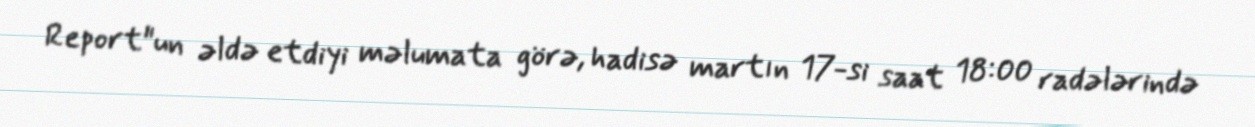
Report"un əldə etdiyi məlumata görə, hadisə martın 17-si saat 18:00 radələrində